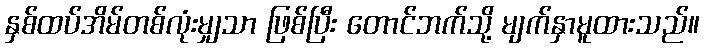
နှစ်ထပ်အိမ်တစ်လုံးမျှသာ ဖြစ်ပြီး တောင်ဘက်သို့ မျက်နှာမူထားသည်။